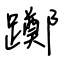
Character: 躑